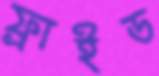
ফ্রাইড